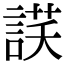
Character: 𧨶